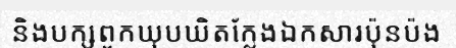
និងបក្សពួកឃុបឃិតក្លែងឯកសារប៉ុនប៉ង